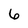
Character: 6